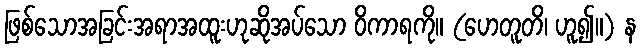
ဖြစ်သောအခြင်းအရာအထူးဟုဆိုအပ်သော ဝိကာရကို။ (ဟေတူတိ၊ ဟူ၍။) န